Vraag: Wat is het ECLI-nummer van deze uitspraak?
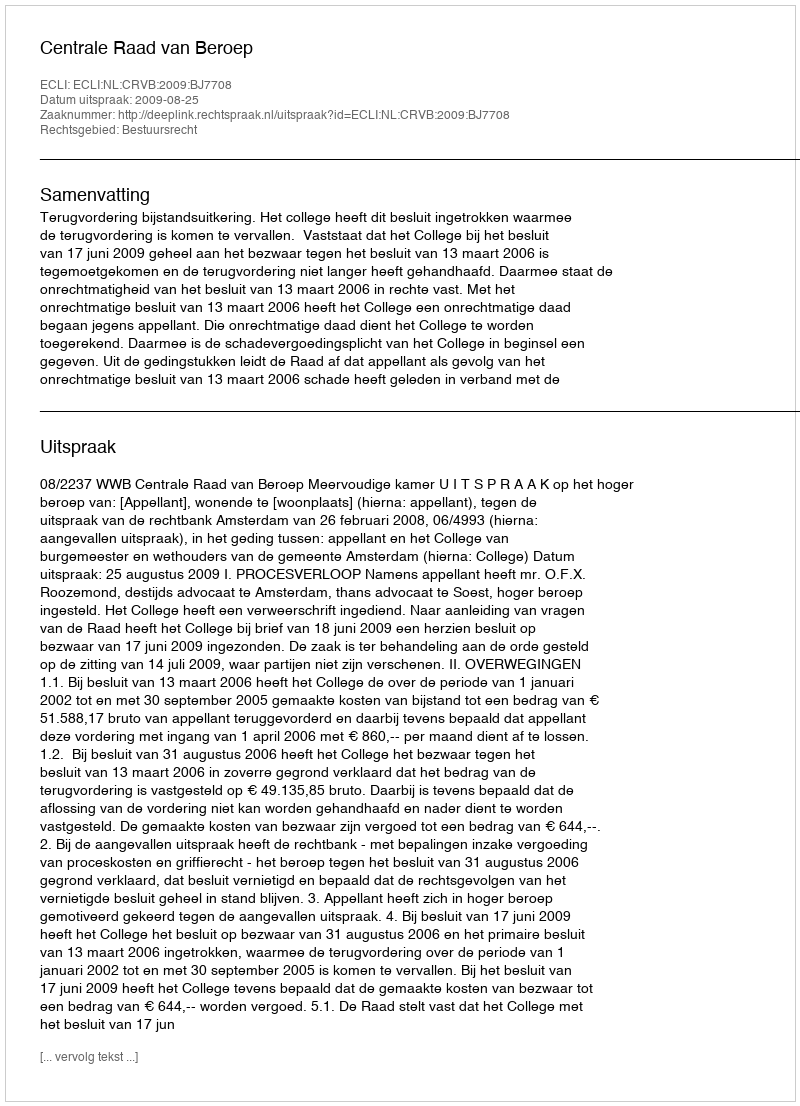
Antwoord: ECLI:NL:CRVB:2009:BJ7708